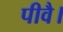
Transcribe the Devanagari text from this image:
पीवै।